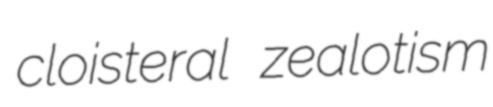
cloisteral zealotism